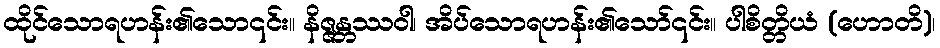
ထိုင်သောရဟန်း၏သော၎င်း။ နိဇ္ဇန္တဿဝါ၊ အိပ်သောရဟန်း၏သော်၎င်း။ ပါစိတ္တိယံ (ဟောတိ)၊